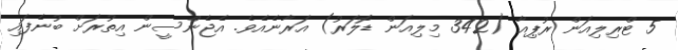
5 ޓްރިލިއަން ރުޕިއާ (342 މިލިއަން ޑޮލަރު) އަރާނެއެވެ. އެޖެންސީން އިތުރަށް ބުނެފައި